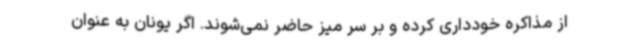
از مذاکره خودداری کرده و بر سر میز حاضر نمی‌شوند. اگر یونان به‌ عنوان